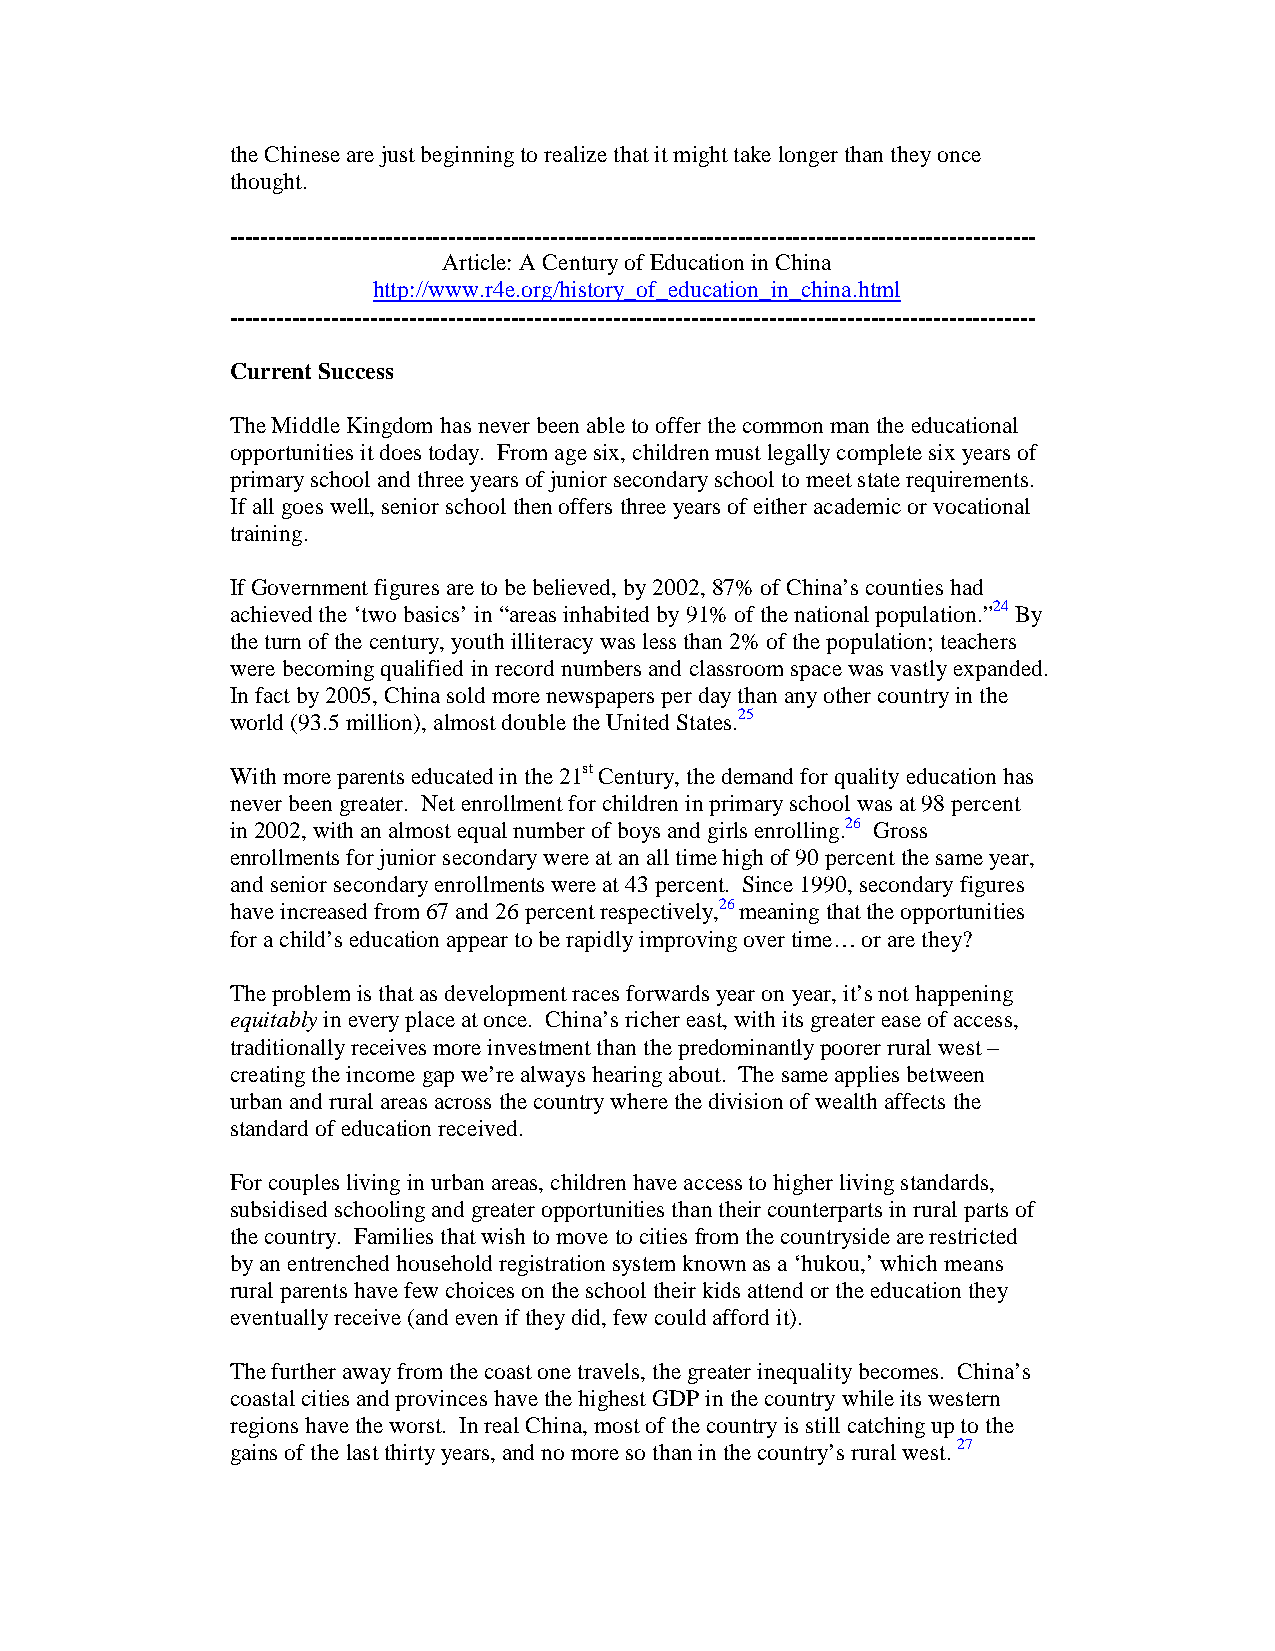
the Chinese are just beginning to realize that it might take longer than they once
 thought.
 -------------------------------------------------------------------------------------------------------
 Article: A Century of Education in China
 http://www.r4e.org/history_of_education_in_china.html
 -------------------------------------------------------------------------------------------------------
 Current Success
 The Middle Kingdom has never been able to offer the common man the educational
 opportunities it does today. From age six, children must legally complete six years of
 primary school and three years of junior secondary school to meet state requirements.
 If all goes well, senior school then offers three years of either academic or vocational
 training.
 If Government figures are to be believed, by 2002, 87% of China’s counties had
 achieved the ‘two basics’ in “areas inhabited by 91% of the national population.”24 By
 the turn of the century, youth illiteracy was less than 2% of the population; teachers
 were becoming qualified in record numbers and classroom space was vastly expanded.
 In fact by 2005, China sold more newspapers per day than any other country in the
 world (93.5 million), almost double the United States.25
 With more parents educated in the 21st Century, the demand for quality education has
 never been greater. Net enrollment for children in primary school was at 98 percent
 in 2002, with an almost equal number of boys and girls enrolling.26 Gross
 enrollments for junior secondary were at an all time high of 90 percent the same year,
 and senior secondary enrollments were at 43 percent. Since 1990, secondary figures
 have increased from 67 and 26 percent respectively,26 meaning that the opportunities
 for a child’s education appear to be rapidly improving over time… or are they?
 The problem is that as development races forwards year on year, it’s not happening
 equitably in every place at once. China’s richer east, with its greater ease of access,
 traditionally receives more investment than the predominantly poorer rural west –
 creating the income gap we’re always hearing about. The same applies between
 urban and rural areas across the country where the division of wealth affects the
 standard of education received.
 For couples living in urban areas, children have access to higher living standards,
 subsidised schooling and greater opportunities than their counterparts in rural parts of
 the country. Families that wish to move to cities from the countryside are restricted
 by an entrenched household registration system known as a ‘hukou,’ which means
 rural parents have few choices on the school their kids attend or the education they
 eventually receive (and even if they did, few could afford it).
 The further away from the coast one travels, the greater inequality becomes. China’s
 coastal cities and provinces have the highest GDP in the country while its western
 regions have the worst. In real China, most of the country is still catching up to the
 gains of the last thirty years, and no more so than in the country’s rural west. 27